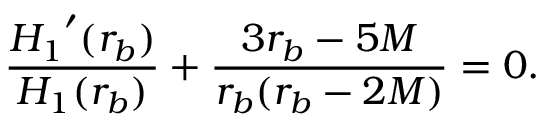
\frac { { H _ { 1 } } ^ { \prime } ( r _ { b } ) } { H _ { 1 } ( r _ { b } ) } + \frac { 3 r _ { b } - 5 M } { r _ { b } ( r _ { b } - 2 M ) } = 0 .